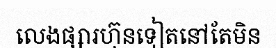
លេងផ្សារហ៊ុនទៀតនៅតែមិន